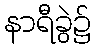
နာရီခွဲ၌